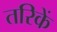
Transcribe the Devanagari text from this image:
तरिकें